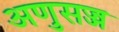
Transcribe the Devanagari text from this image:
अणुसज्ज